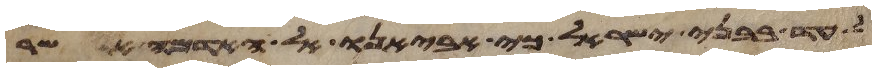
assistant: לעד בבני ישראל כי אביאנו אל האדמה אשר